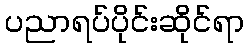
ပညာရပ်ပိုင်းဆိုင်ရာ